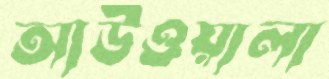
আউওয়ালা